Insane asylums in Bengal annual reports 1867-1875 - 1867-1875
Year: 1867
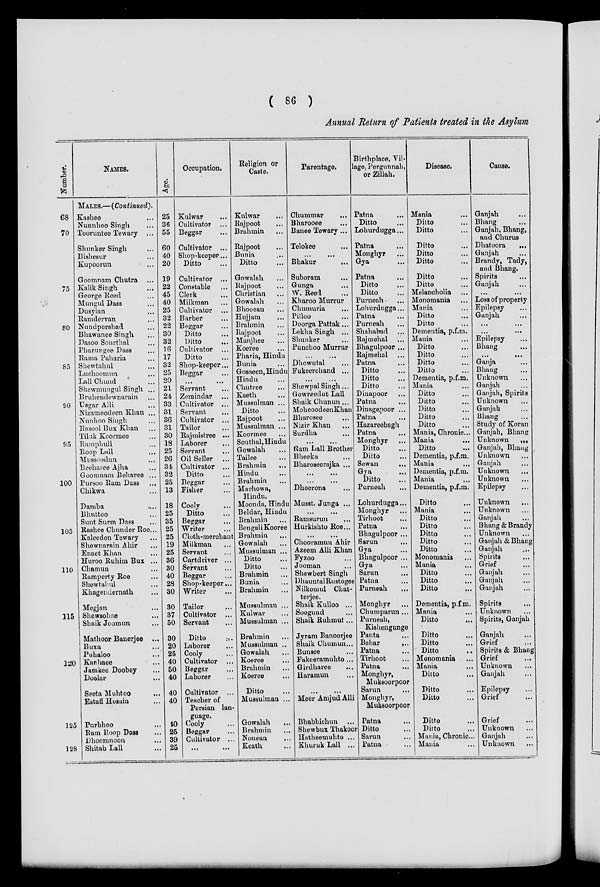
( 86 )
Annual Return of Patients treated in the Asylum
Number.
68
70
75
80
85
90
95
100
105
110
115
120
125
128
NAMES.
MALES. –( Continued).
Kashee ...
Nunnboo Singh ...
Tooruntee Tewary ...
Shunter Singh ...
Bishesur ...
Kupoorun ...
Goomnam Chutra ...
Kalik Singh ...
George Reed ...
Mungul Dass ...
Dusyian ...
Ramdervan ...
Nundpershad ...
Bhawanee Singh ...
Dasoo Sourthal ...
Pharungee Dass ...
Rama Paharia ...
Shewtahul ...
Luchoomun ...
Lall Chund ...
Shewmungul Singh ...
Bruhendewnarain ...
Usgar Alli ...
Nizamoodeen Khan ...
Nunhoo Singh ...
Rasool Bux Khan ...
Tiluk Koormee ...
Ramphull ...
Roop Lall ...
Musscodun ...
Beeharee Ajha ...
Goomnam Beharee ...
Pursoo Ram Dass ...
Chikwa ...
Damba ...
Bhuttoo ...
Sunt Surm Dass ...
Kashee Chunder Roe...
Kaleeden Tewary ...
Shewnarain Ahir ...
Enaet Khan ...
Huroo Ruhim Bux ...
Chamun ...
Ramperty Roe ...
Shewtahul ...
Khagendernath ...
Megjan ...
Shewsohae ...
Shaik Joomun ...
Mathoor Banerjee ...
Buxa ...
Puhaloo ...
Kanhaee ...
Jamkee Doobey ...
Doolar ...
Seeta Muhtoo ...
Estaff Hosain ...
Purbhoo ...
Ram Roop Dass ...
Dhooranoon ...
Shitab Lall ...
Age.
25
36
55
60
40
20
19
22
45
40
25
32
22
30
32
16
17
32
25
20
21
24
33
31
36
31
30
18
25
26
34
32
25
13
18
25
35
25
25
19
25
36
30
40
28
30
30
37
50
30
20
25
40
50
40
40
40
40
25
39
25
Occupation.
Kulwar ...
Cultivator ...
Beggar ...
Cultivator ...
Shop-keeper...
Ditto ...
Cultivator ...
Constable ...
Clerk ...
Milkman ...
Cultivator ...
Barber ...
Beggar ...
Ditto ...
Ditto
...
Cultivator ...
Ditto ...
Shop-keeper...
Beggar ...
... ...
Servant ...
Zemindar ...
Cultivator ...
Servant ...
Cultivator ...
Tailor ...
Rajmistree ...
Laborer ...
Servant ...
Oil Seller ...
Cultivator ...
Ditto ...
Beggar ...
Fisher ...
Cooly ...
Ditto ...
Beggar ...
Writer ...
Cloth-merchant
Milkman ...
Servant ...
Cartdriver ...
Servant ...
Beggar ...
Shop-keeper ...
Writer ...
Tailor
Cultivator ...
Servant ...
Ditto ...
Laborer ...
Cooly ...
Cultivator ...
Beggar ...
Laborer ...
Cultivator ...
Teacher of
Persian lan-
guage.
Cooly ...
Beggar ...
Cultivator ...
.. ....
Religion or
Caste.
Kulwar ...
Rajpoot ...
Brahmin ...
Rajpoot ...
Bunia ...
Ditto
...
Gowalah ...
Rajpoot ...
Christian ...
Gowalah ...
Bhooean ...
Hujjam ...
Brahmin ...
Rajpoot ...
Manjhee ...
Koeree ...
Pharia, Hindu
Bunia ...
Gosaeen, Hindu
Hindu ...
Chutree ...
Kaeth ...
Mussulman ...
Ditto ...
Rajpoot ...
Mussulman ...
Koormee ...
Sonthal, Hindu
Gowalah ...
Tailee ...
Brahmin
...
Hindu ...
Brahmin
Machowa,
Hindu.
Moonda, Hindu
Beldar, Hindu
Brahmin ...
Bengali Kooree
Brahmin ...
Gowalah ...
Mussulman ...
Ditto ...
Ditto ...
Brahmin ...
Bunia ...
Brahmin ...
Mussulman ...
Kulwar ...
Mussulman ...
Brahmin ...
Mussulman ...
Gowalah ...
Koeree ...
Brahmin ...
Koeree ...
Ditto ...
Mussulman ...
Gowalah ...
Brahmin ...
Nonean ...
Keath ...
Parentage.
Chummar ...
Bharooee ...
Banee Tewary...
Telokee ...
... ...
Bhakur
...
Suboram ...
Gunga ...
W. Reed ...
Kharoo Murrur
Chumuria ...
Pilloo ...
Doorga Pattak ...
Lekha Singh ...
Shunker ...
Punchoo Murrur
... ...
Dhowutal ...
Fukeerchand ...
...
...
Shewpal Singh ...
Gowreedut Lall
Shaik Chunun ...
Moheoodeen Khan
Bharosee ...
Nizir Khan ...
Surdha ...
... ...
Ram Lall Brother
Bheeka ...
Bharoseerajka ...
...
...
...
...
Dhoerona ...
Musst. Junga ...
...
...
Ramsurun ...
Hurkishto Roe...
... ...
Chooramun Ahir
Azeem Alli Khan
Fyzoo ...
Jooman ...
Shewbert Singh
DhauntalRustogee
Nilkomul Chat-
terjee.
Shaik Kulloo ...
Soogund ...
Shaik Ruhmut...
Jyram Banoorjee
Shaik Chumun...
Bunsee ...
Fakeeramuhto...
Girdharee ...
Haramun ...
...
...
Meer Amjud Alli
Bhabhichun ...
Shewbux Thakoor
Hatheemuhto ...
Khuruk Lall ...
Birthplace, Vil-
lage, Pergunnah,
or Zillah.
Patna ...
Ditto ...
Lohurdugga ...
Patna ...
Monghyr ...
Gya ...
Patna ...
Ditto ...
Ditto ...
Purneah ...
Lohurdugga ...
Patna ...
Purneah ...
Shahabad ...
Rajmehal ...
Bhagulpoor ...
Rajmehal ...
Patna ...
Ditto ...
Ditto ...
Ditto ...
Dinapoor ...
Patna ...
Dinagepoor ...
Patna ...
Hazareebagh
Patna ...
Monghyr ...
Ditto ...
Ditto ...
Sewan ...
Gya ...
Ditto ...
Purneah ...
Lohurdugga ...
Monghyr ...
Tirhoot ...
Patna ...
Bhagulpoor ...
Sarun ...
Gya ...
Bhagulpoor ...
Gya ...
Sarun ...
Patna ...
Purneah ...
Monghyr ...
Chumparun ...
Purneah,
Kishengunge
Panta ...
Behar
...
Patna ...
Tirhoot ...
Patna ...
Monghyr,
Muksoorpoor
Sarun ...
Monghyr,
Muksoorpoor
Patna ...
Ditto ...
Sarun ...
Patna ...
Disease.
Mania ...
Ditto ...
Ditto ...
Ditto ...
Ditto ...
Ditto ...
Ditto ...
Ditto ...
Melancholia ...
Monomania ...
Mania ...
Ditto ...
Ditto ...
Dementia, p.f.m.
Mania ...
Ditto ...
Ditto ...
Ditto ...
Ditto ...
Dementia, p.f.m.
Mania ...
Ditto ...
Ditto ...
Ditto ...
Ditto ...
Ditto ...
Mania, Chronic ...
Mania ...
Ditto ...
Dementia, p.f.m.
Mania ...
Dementia, p.f.m.
Mania ...
Dementia, p.f.m.
Ditto ...
Mania ...
Ditto ...
Ditto ...
Ditto ...
Ditto ...
Ditto ...
Monomania ...
Mania ...
Ditto ...
Ditto ...
Ditto ...
Dementia, p.f.m.
Mania ...
Ditto ...
Ditto ...
Ditto ...
Ditto ...
Monomania ...
Mania ...
Ditto ...
Ditto ...
Ditto ...
Ditto ...
Ditto ...
Mania, Chronic ...
Mania ...
Cause.
Ganjah ...
Bhang ...
Ganjah, Bhang,
and Churus
Dhatoora
...
Ganjah ...
Brandy, Tady,
and Bhang.
Spirits ...
Ganjah ...
...
...
Loss of property
Epilepsy ...
Ganjah ...
...
...
...
...
Epilepsy ...
Bhang ...
... ...
Ganja ...
Bhang ...
Unknown ...
Ganjah ...
Ganjah, Spirits
Unknown ...
Ganjah ...
Bhang ...
Study of Koran
Ganjah, Bhang
Unknown
...
Ganjah, Bhang
Unknown ...
Ganjah ...
Unknown ...
Unknown ...
Epilepsy ...
Unknown
...
Unknown ...
Ganjah ...
Bhang & Brandy
Unknown ...
Ganjah & Bhang
Ganjah ...
Spirits ...
Grief ...
Ganjah ...
Ganjah ...
Ganjah ...
Spirits ...
Unknown ...
Spirits, Ganjah
Ganjah ...
Grief ...
Spirits & Bhang
Grief ...
Unknown ...
Ganjah ...
Epilepsy ...
Grief ...
Grief ...
Unknown ...
Ganjah ...
Unknown ...